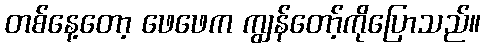
တစ်နေ့တော့ ဖေဖေက ကျွန်တော့်ကိုပြောသည်။